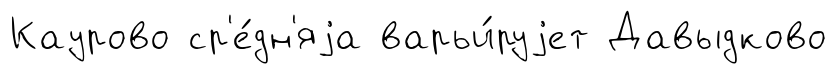
Каурово ср'е́дн'яjа варьи́руjет Давыдково